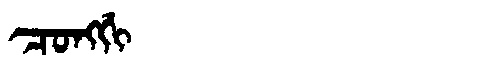
Manchu: ᠴᠣᠩᡤᡳ
Romanization: CONGGI